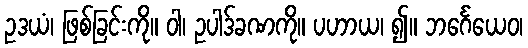
ဥဒယံ၊ ဖြစ်ခြင်းကို။ ဝါ၊ ဥပါဒ်ခဏကို။ ပဟာယ၊ ၍။ ဘင်္ဂေယေဝ၊